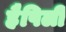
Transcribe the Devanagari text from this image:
हैपिली